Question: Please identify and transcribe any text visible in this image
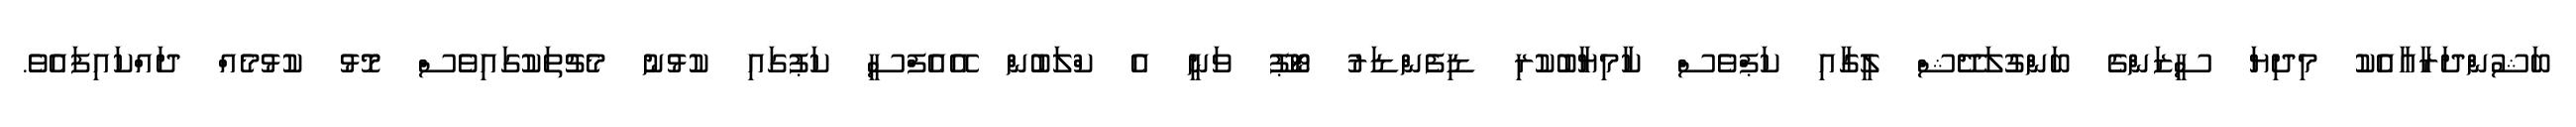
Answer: ބަޝުންދަރާއާއެކު މިދިޔަ ސީޒަންގެ ބަންގުލަދޭޝް ލީގާއި ކަޕްވެސް ކާމިޔާބުކުރި ޑިފެންޑަރު ޓޯޕޫ ވަނީ އެ ކްލަބުން އޭއެފްސީ ކަޕުގައި ކުޅުނު މެޗުތަކުގައިވެސް މޮޅު ކުޅުމެއް ދައްކައިފައެވެ.